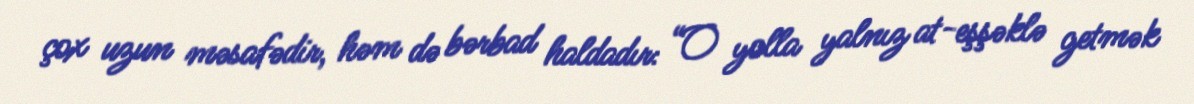
çox uzun məsafədir, həm də bərbad haldadır: “O yolla yalnız at-eşşəklə getmək